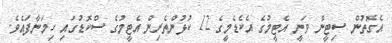
އެގޮތުން ސިޓީން ވަނީ އެޓީމުގެ އެކެޑެމީގެ 12 ކުޅުންތެރިން އެޓީމުގެ ސްކޮޑުގައި ހިމަނާފައެވެ.